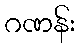
ဂဏန်း